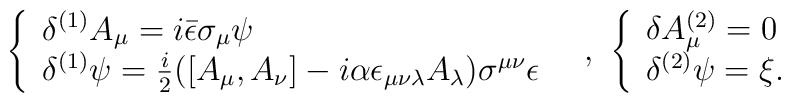
\begin{array}{cc}\left\{\begin{array}{l}\delta^{(1)} A_{\mu} =i \bar{\epsilon}\sigma_{\mu}\psi \\\delta^{(1)} \psi  =\frac{i}{2}([A_{\mu} ,A_{\nu} ] -i\alpha\epsilon_{\mu\nu\lambda}A_{\lambda})\sigma^{\mu\nu}\epsilon\end{array}\right.&\mbox{, } \left\{\begin{array}{l}\delta A_{\mu}^{(2)} =0 \\\delta ^{(2)}\psi  =\xi. \end{array} \right.\end{array}